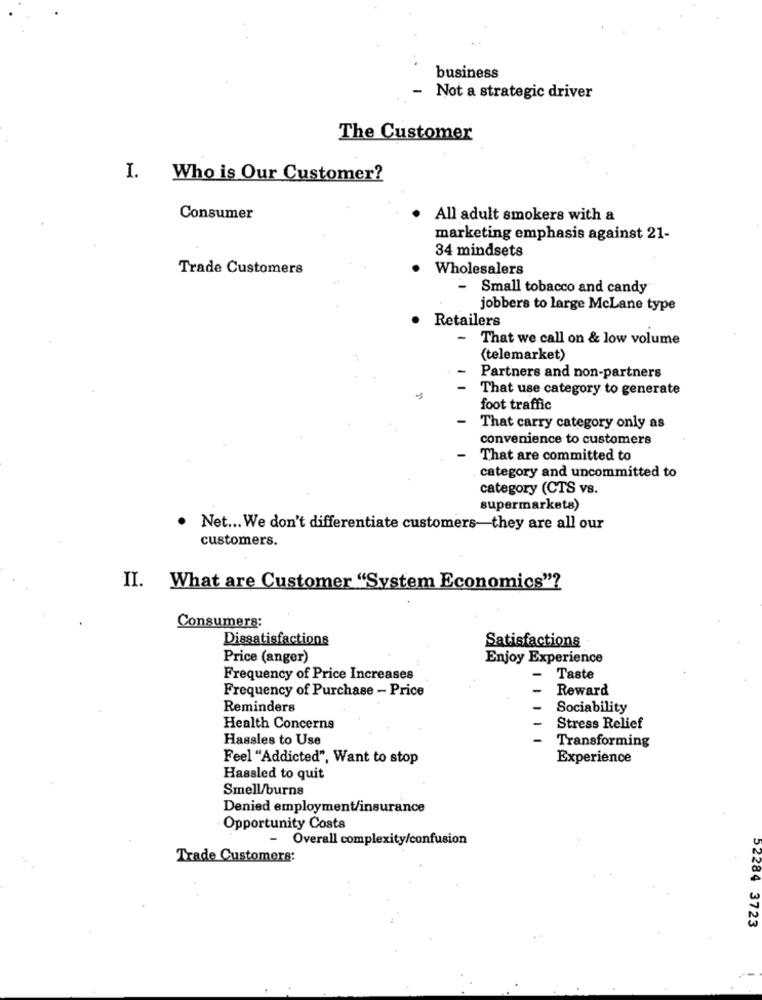
business
- Not a strategic driver
The Customer
I. Who is Our Customer?
Consumer
All adult smokers with a
marketing emphasis against 21-
34 mindsets
Trade Customers
Wholesalers
Small tobacco and candy
jobbers to large McLane type
Retailers
-
That we call on & low volume
(telemarket)
Partners and non-partners
That use category to generate
foot traffic
That carry category only as
convenience to customers
That are committed to
category and uncommitted to
category (CTS vs.
supermarkets)
. Net ... We don't differentiate customers-they are all our
customers.
II. What are Customer "System Economics"?
Consumers:
Dissatisfactions
Satisfactions
Price (anger)
Enjoy Experience
Frequency of Price Increases
Taste
Frequency of Purchase - Price
Reward
Reminders
Sociability
Health Concerns
Stress Relief
Hassles to Use
Transforming
Feel "Addicted", Want to stop
Experience
Hassled to quit
Smell/burns
Denied employment/insurance
Opportunity Costs
- Overall complexity/confusion
Trade Customers:
52284 3723